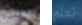
نورين تعلم